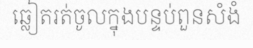
ឆ្លៀតរត់ចូលក្នុងបន្ទប់ពួនសំងំ